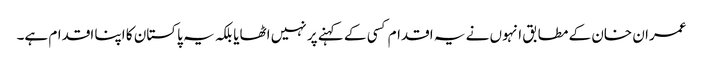
عمران خان کے مطابق انہوں نے یہ اقدام کسی کے کہنے پر نہیں اٹھایا بلکہ یہ پاکستان کا اپنا اقدام ہے۔